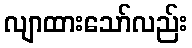
လျာထားသော်လည်း